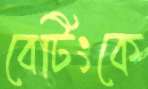
বেটিংকে